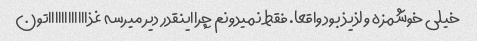
خیلی خوشمزه و لذیذ بود واقعا. فقط نمیدونم چرااینقدر دیر میرسه غذااااااااااااتون